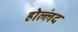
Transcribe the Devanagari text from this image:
होल्लंद